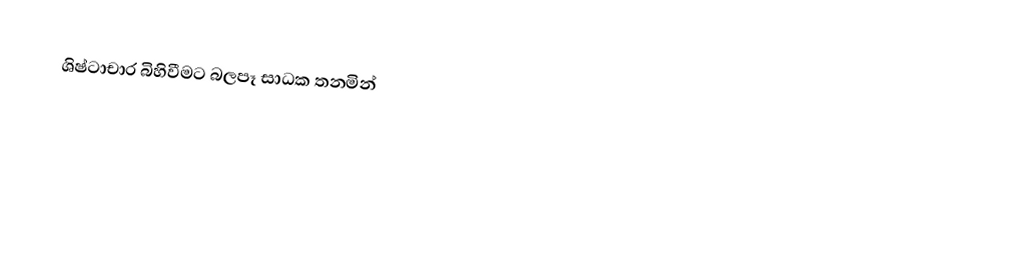
ශිෂ්ටාචාර බිහිවීමට බලපෑ සාධක තනමින්